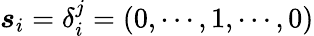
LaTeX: {\boldsymbol{s}_{i}}=\delta_{i}^{j}=(0,\cdots,1,\cdots,0)